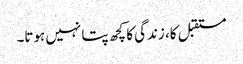
مستقبل کا، زندگی کا کچھ پتا نہیں ہوتا۔